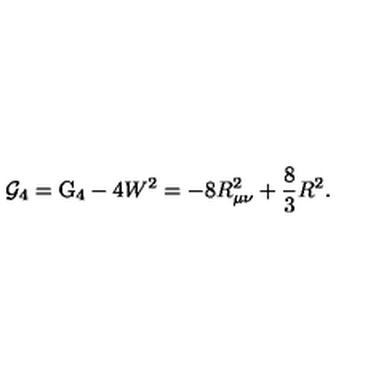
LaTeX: { \cal G } _ { 4 } = \mathrm { G } _ { 4 } - 4 W ^ { 2 } = - 8 R _ { \mu \nu } ^ { 2 } + \frac { 8 } { 3 } R ^ { 2 } .